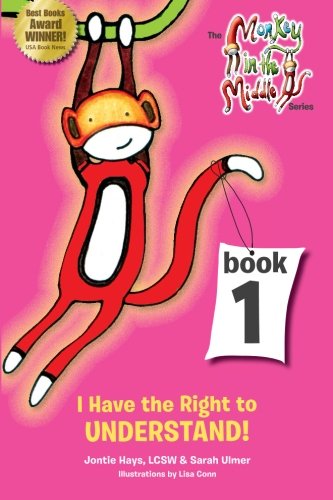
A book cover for Monkey in the Middle Series Book One: I Have the Right to Understand; Jontie Hays LCSW; Parenting & Relationships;